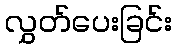
လွှတ်ပေးခြင်း